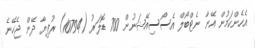
އެހެންކަމުން އޭނާ ނެޓްބޯލް އެސޯސިއޭޝަނުން 700 ޑޮލަރު (10794) ރުފިޔާ ދޭން ޖެހޭނެ